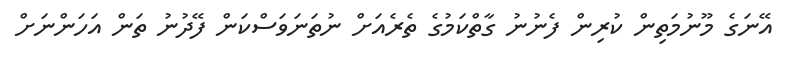
އޭނަގެ މޫނުމަތިން ކުރިން ފެނުނު ގާތްކަމުގެ ތެރެއަށް ނުތަނަވަސްކަން ފޭދުނު ތަން އަހަންނަށް